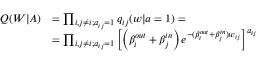
\begin{array} { r l } { Q ( W | A ) } & { = \prod _ { i , j \neq i ; a _ { i j } = 1 } q _ { i j } ( w | a = 1 ) = } \\ & { = \prod _ { i , j \neq i ; a _ { i j } = 1 } \left[ \left( \beta _ { i } ^ { o u t } + \beta _ { j } ^ { i n } \right) e ^ { - ( \beta _ { i } ^ { o u t } + \beta _ { j } ^ { i n } ) w _ { i j } } \right] ^ { a _ { i j } } } \end{array}